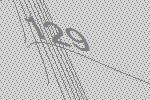
129